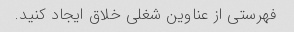
فهرستی از عناوین شغلی خلاق ایجاد کنید.